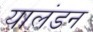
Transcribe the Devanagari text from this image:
यालंडन